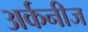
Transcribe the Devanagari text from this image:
अर्कनीज